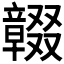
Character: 𠮒